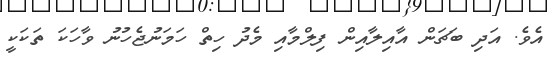
އެވެ. އަދި ބަޗަން އާއިލާއިން ފިލްމާއި މެދު ހިތް ހަމަނުޖެހުނު ވާހަކަ ތަކަކީ